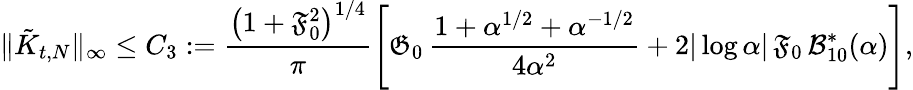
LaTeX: \| \tilde{K}_{t,N}\| _{\infty}\leq C_{3}:=\frac{\left(1+\mathfrak{F}_{0}^{2}\right)^{1/4}}{\pi}\Bigg[\mathfrak{G}_{0}\, \frac{1+\alpha^{1/2}+\alpha^{-1/2}}{4\alpha^{2}}+2|\log\alpha|\, \mathfrak{F}_{0}\, \mathcal{B}_{10}^{*}(\alpha)\Bigg],